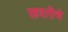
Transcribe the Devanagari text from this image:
रहदारीचे